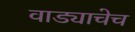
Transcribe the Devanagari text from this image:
वाड्याचेच